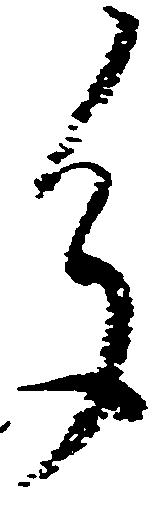
多